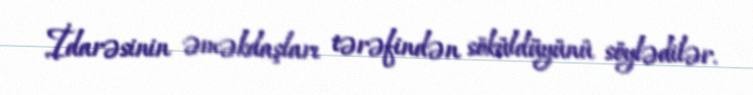
İdarəsinin əməkdaşları tərəfindən söküldüyünü söylədilər.